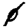
Digit: 0